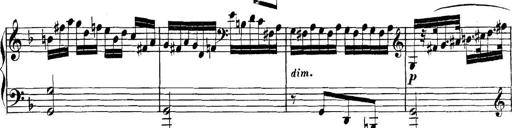
Title: Collected Piano Sonatas
Composer: Muzio Clementi